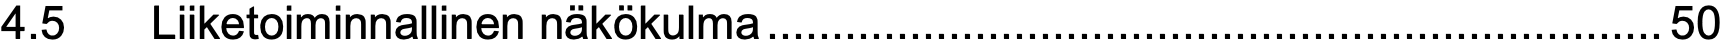
4.5  Liiketoiminnallinen näkökulma.....................................................................50